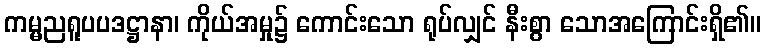
ကမ္မညရူပပဒဋ္ဌာနာ၊ ကိုယ်အမှု၌ ကောင်းသော ရုပ်လျှင် နီးစွာ သောအကြောင်းရှိ၏။